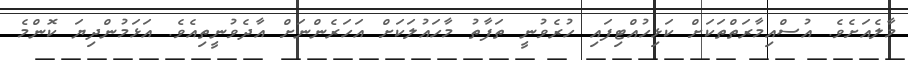
މާލެއަށެވެ. އުސްއިމާރަތްތަކަށް ކަޅިހުއްޓިފައި ހުރެވުނީ ތަފާތު މާހައުލަކަށް އަހަރެންނަށް އާދެވުނީތިއެވެ. އަޅަމުންދިޔަ ކޮންމެ